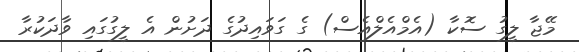
މޭޖާ ލީގު ސޮކާ (އެމްއެލްއެސް) ގެ ގަވައިދުގެ ދަށުން އެ ލީގުގައި ވާދަކުރާ